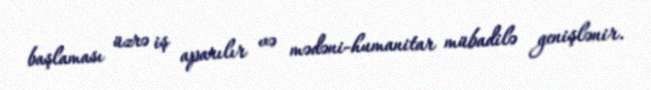
başlaması üzrə iş aparılır və mədəni-humanitar mübadilə genişlənir.